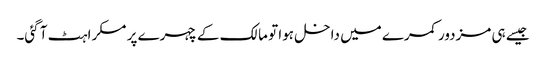
جیسے ہی مزدور کمرے میں داخل ہوا تو مالک کے چہرے پر مسکراہٹ آ گئی۔